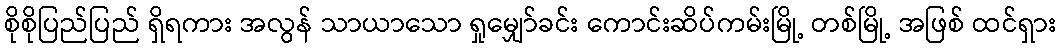
စိုစိုပြည်ပြည် ရှိရကား အလွန် သာယာသော ရှုမျှော်ခင်း ကောင်းဆိပ်ကမ်းမြို့ တစ်မြို့ အဖြစ် ထင်ရှား